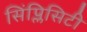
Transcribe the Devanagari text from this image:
सिंप्लिसिटी